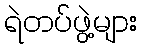
ရဲတပ်ဖွဲ့များ